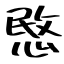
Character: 愍